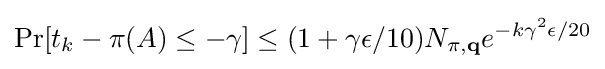
\Pr[t_{k}-\pi (A)\leq -\gamma ]\leq (1+\gamma \epsilon /10)N_{\pi ,\mathbf {q} }e^{-k\gamma ^{2}\epsilon /20}